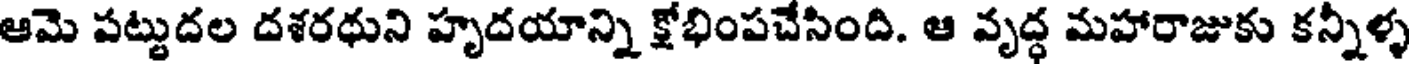
ఆమె పట్టుదల దశరథుని హృదయాన్ని క్షోభింపచేసింది. ఆ వృద్ధ మహారాజుకు కన్నీళ్ళ